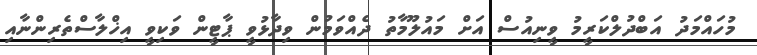
މުހައްމަދު އަބްދުލްކަރީމު ވީނިއުސް އަށް މައުލޫމާތު ދެއްވަމުން ވިދާޅުވީ ޕާޓީން ވަކިވީ އިޚްލާސްތެރިންނާއި